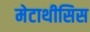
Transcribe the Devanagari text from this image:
मेटाथीसिस